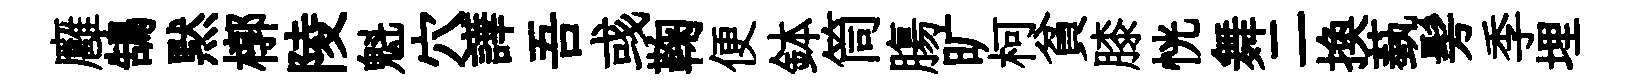
廱鵠黙槨陵魁穴譁吾彧鞠便鉢筒膓旷柯貧膝恍舞二换蓺髣季埋